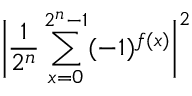
{ \bigg | } { \frac { 1 } { 2 ^ { n } } } \sum _ { x = 0 } ^ { 2 ^ { n } - 1 } ( - 1 ) ^ { f ( x ) } { \bigg | } ^ { 2 }